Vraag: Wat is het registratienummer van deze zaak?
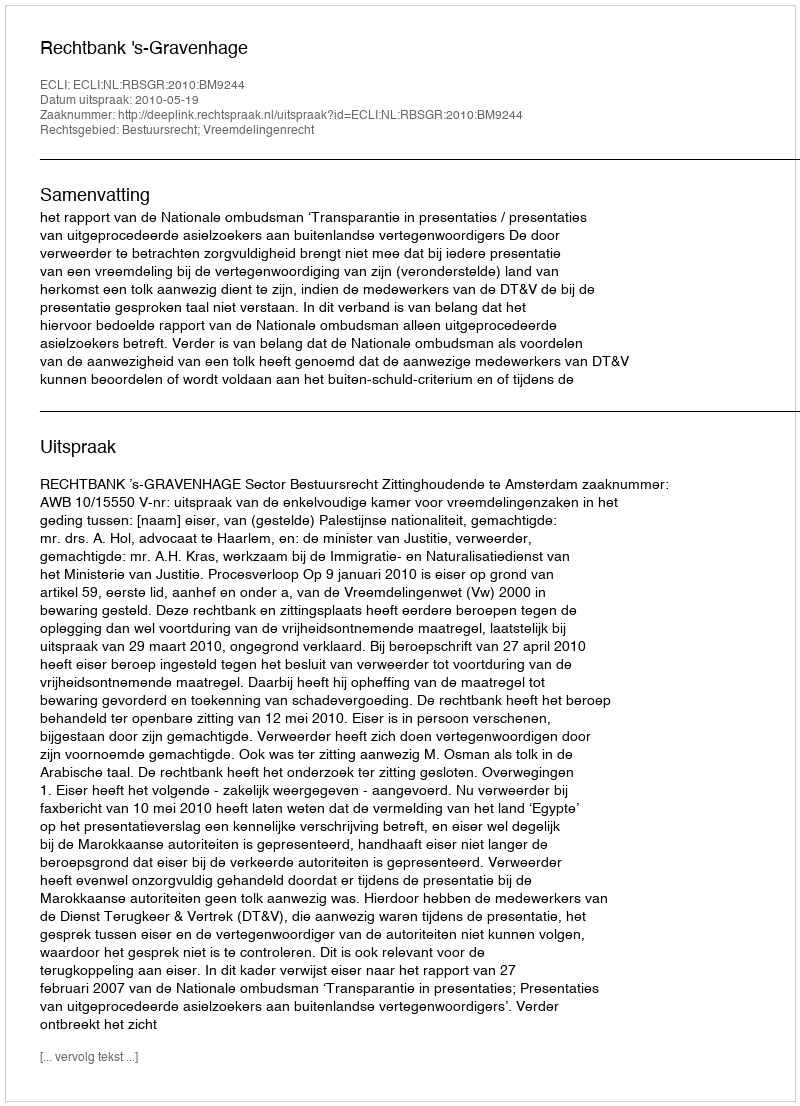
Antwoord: http://deeplink.rechtspraak.nl/uitspraak?id=ECLI:NL:RBSGR:2010:BM9244